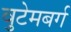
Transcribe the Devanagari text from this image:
वुटेमबर्ग